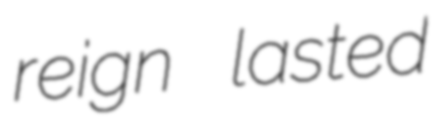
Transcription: reign lasted